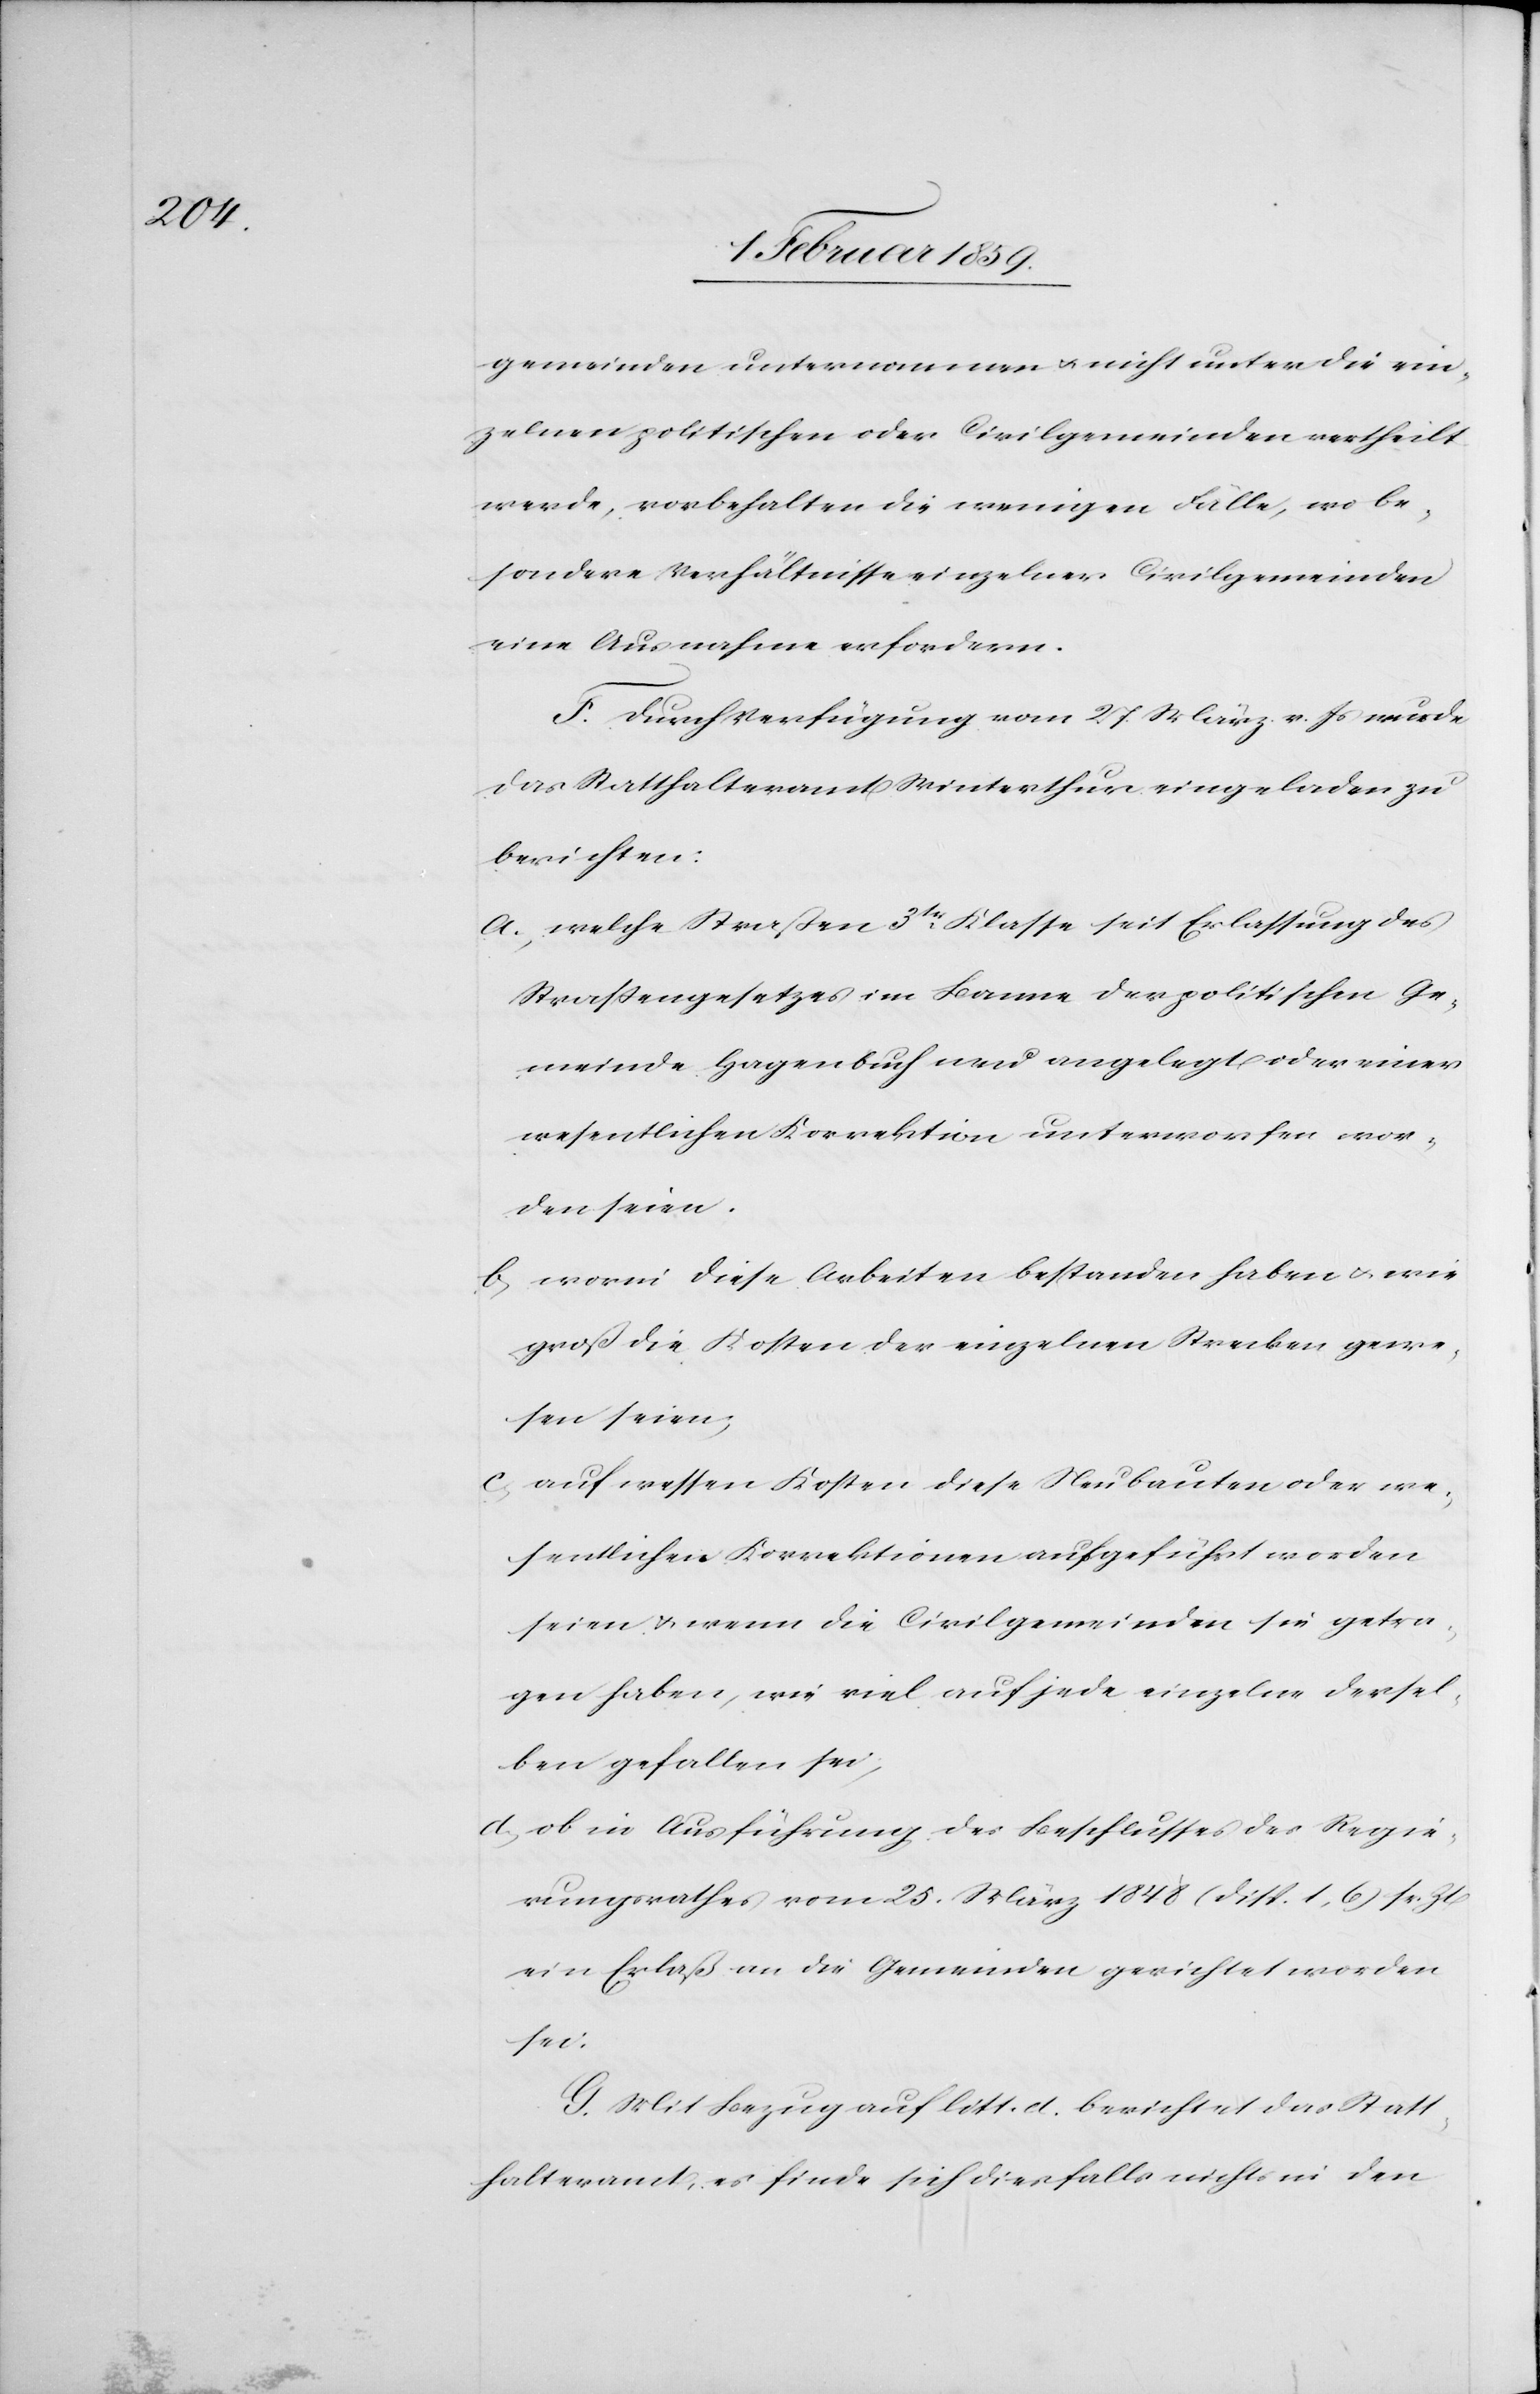
gemeinden unternommen u. nicht unter die ein¬
zelnen politischen oder Civilgemeinden vertheilt
werde, vorbehalten die wenigen Fälle, wo be¬
sondere Verhältnisse einzelner Civilgemeinden
eine Ausnahme erfordern.
F. Durch Verfügung vom 27. März v. Js wurde
das Statthalteramt Winterthur eingeladen zu
berichten:
a., welche Straßen 3tr. Klasse seit Erlassung des
Straßengesetzes im Banne der politischen Ge¬
meinde Hagenbuch neu angelegt oder einer
wesentlichen Korrektion unterworfen wor¬
den seien.
b, worin diese Arbeiten bestanden haben u. wie
groß die Kosten der einzelnen Strecken gewe¬
sen seien;
c, auf wessen Kosten diese Neubauten oder we¬
sentlichen Korrektionen aufgeführt [recte:
seien u. wenn die Civilgemeinden sie getra¬
gen haben, wie viel auf jede einzelne dersel¬
ben gefallen sei;
d., ob in Ausführung des Beschlusses des Regie¬
rungsrathes vom 25. März 1848 (disp. 1,6) sr. Zt
ein Erlaß an die Gemeinden gerichtet worden
sei:
G. Mit Bezug auf litt. d. berichtet das Statt¬
halteramt, es finde sich diesfalls nichts in den